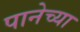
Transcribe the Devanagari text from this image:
पानेच्या